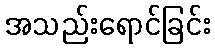
အသည်းရောင်ခြင်း